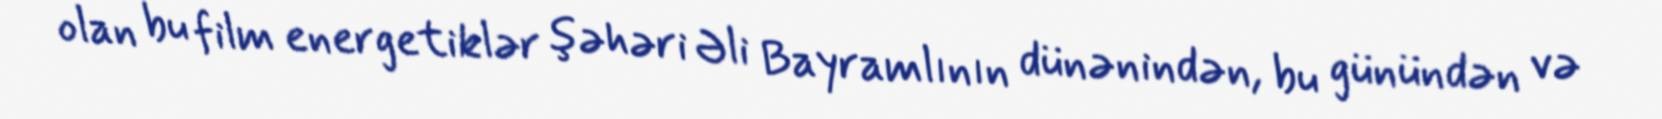
olan bu film energetiklər şəhəri Əli Bayramlının dünənindən, bu günündən və